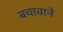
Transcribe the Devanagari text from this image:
बचावाने